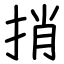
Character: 捎